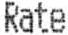
RATE